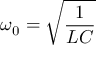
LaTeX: \omega _ { 0 } = { \sqrt { \frac { 1 } { L C } } }